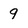
Character: 9